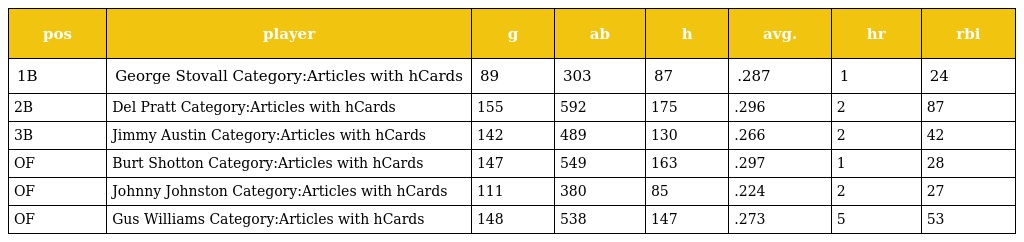
| pos | player | g | ab | h | avg. | hr | rbi |
 | --- | --- | --- | --- | --- | --- | --- | --- |
 | 1B | George Stovall Category:Articles with hCards | 89 | 303 | 87 | .287 | 1 | 24 |
 | 2B | Del Pratt Category:Articles with hCards | 155 | 592 | 175 | .296 | 2 | 87 |
 | 3B | Jimmy Austin Category:Articles with hCards | 142 | 489 | 130 | .266 | 2 | 42 |
 | OF | Burt Shotton Category:Articles with hCards | 147 | 549 | 163 | .297 | 1 | 28 |
 | OF | Johnny Johnston Category:Articles with hCards | 111 | 380 | 85 | .224 | 2 | 27 |
 | OF | Gus Williams Category:Articles with hCards | 148 | 538 | 147 | .273 | 5 | 53 |